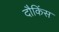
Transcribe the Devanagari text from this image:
दौकिंस